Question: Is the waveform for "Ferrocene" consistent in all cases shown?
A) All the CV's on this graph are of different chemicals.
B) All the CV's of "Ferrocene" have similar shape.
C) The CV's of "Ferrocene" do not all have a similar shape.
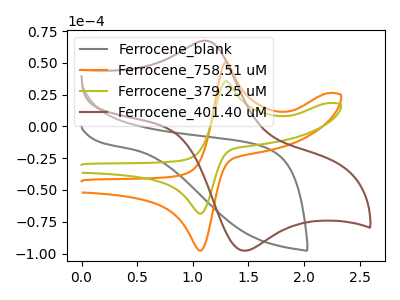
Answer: <think>The gray curve "Ferrocene_blank" has no peaks. The orange curve "Ferrocene_758.51 uM" has an anodic peak at (1.30V, 50.65uA) and a cathodic peak at (1.05V, -97.70uA). The olive curve "Ferrocene_379.25 uM" has an anodic peak at (1.30V, 35.55uA) and a cathodic peak at (1.05V, -68.55uA). The brown curve "Ferrocene_401.40 uM" has an anodic peak at (1.10V, 67.35uA) and a cathodic peak at (1.50V, -97.70uA).
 "Ferrocene_blank" and "Ferrocene_758.51 uM" have a different number of peaks. "Ferrocene_blank" and "Ferrocene_379.25 uM" have a different number of peaks. "Ferrocene_blank" and "Ferrocene_401.40 uM" have a different number of peaks. All the peaks in "Ferrocene_758.51 uM" have a peak in "Ferrocene_379.25 uM" at the same potential. Every peak in "Ferrocene_758.51 uM" is higher than every peak in "Ferrocene_379.25 uM". "Ferrocene_758.51 uM" and "Ferrocene_401.40 uM" have at least one peak that do not match. "Ferrocene_379.25 uM" and "Ferrocene_401.40 uM" have at least one peak that do not match.</think>
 <answer>B) All the CV's of "Ferrocene" have similar shape.</answer>
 <eval>B</eval>